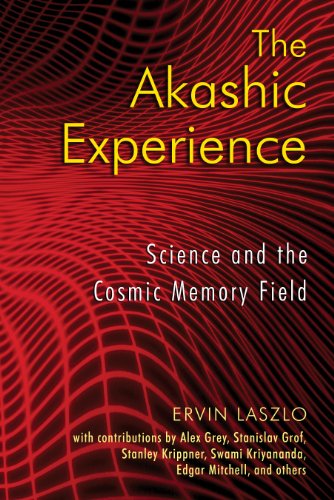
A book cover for The Akashic Experience: Science and the Cosmic Memory Field; Ervin Laszlo; Religion & Spirituality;